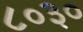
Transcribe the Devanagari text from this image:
८०३०